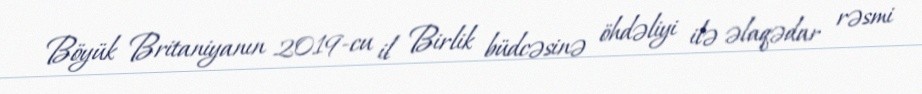
Böyük Britaniyanın 2019-cu il Birlik büdcəsinə öhdəliyi ilə əlaqədar rəsmi